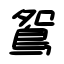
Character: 鴛